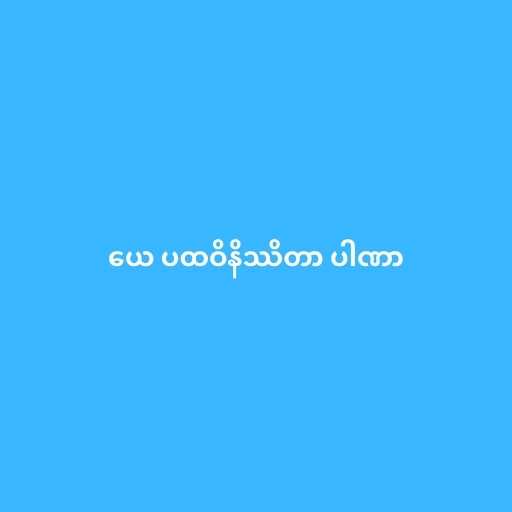
ယေ ပထဝိနိဿိတာ ပါဏာ